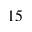
^ { 1 5 }